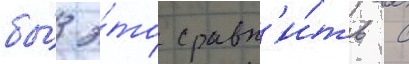
бы́ э́то сравн'и́ть с